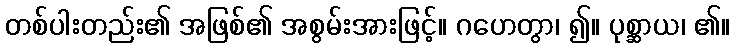
တစ်ပါးတည်း၏ အဖြစ်၏ အစွမ်းအားဖြင့်။ ဂဟေတွာ၊ ၍။ ပုစ္ဆာယ၊ ၏။